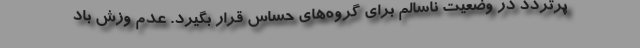
پرتردد در وضعیت ناسالم برای گروه‌های حساس قرار بگیرد. عدم وزش باد